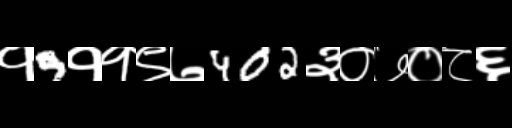
Text: १9११९७402३०७०८६